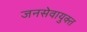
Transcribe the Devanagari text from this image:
जनसेवायुक्‍त